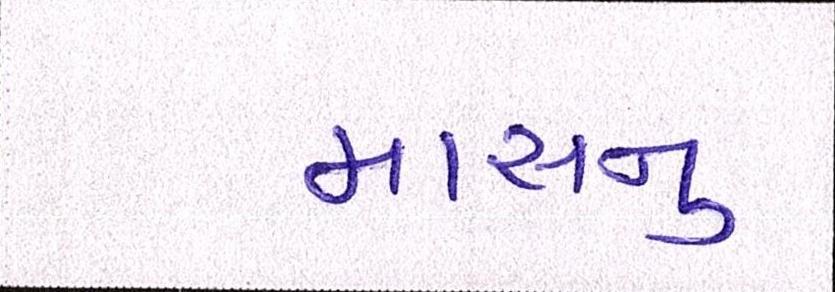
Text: માસનુ